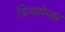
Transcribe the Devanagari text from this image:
डियामेनस